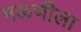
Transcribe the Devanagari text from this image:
मळणीला